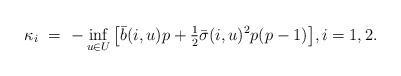
LaTeX: \begin{align*}\kappa_i \ = \ - \inf_{u\in U}\big[\bar b(i,u)p + \tfrac{1}{2}\bar\sigma(i,u)^2 p (p-1)\big], i=1,2.\end{align*}